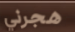
هجرني